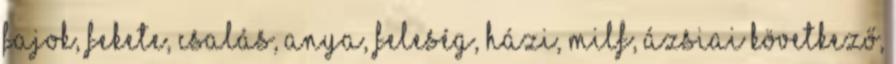
fajok, fekete, csalás, anya, feleség, házi, milf, ázsiai következő,